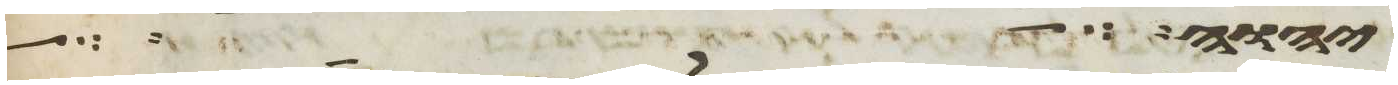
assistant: יהוה בעדו ויהי